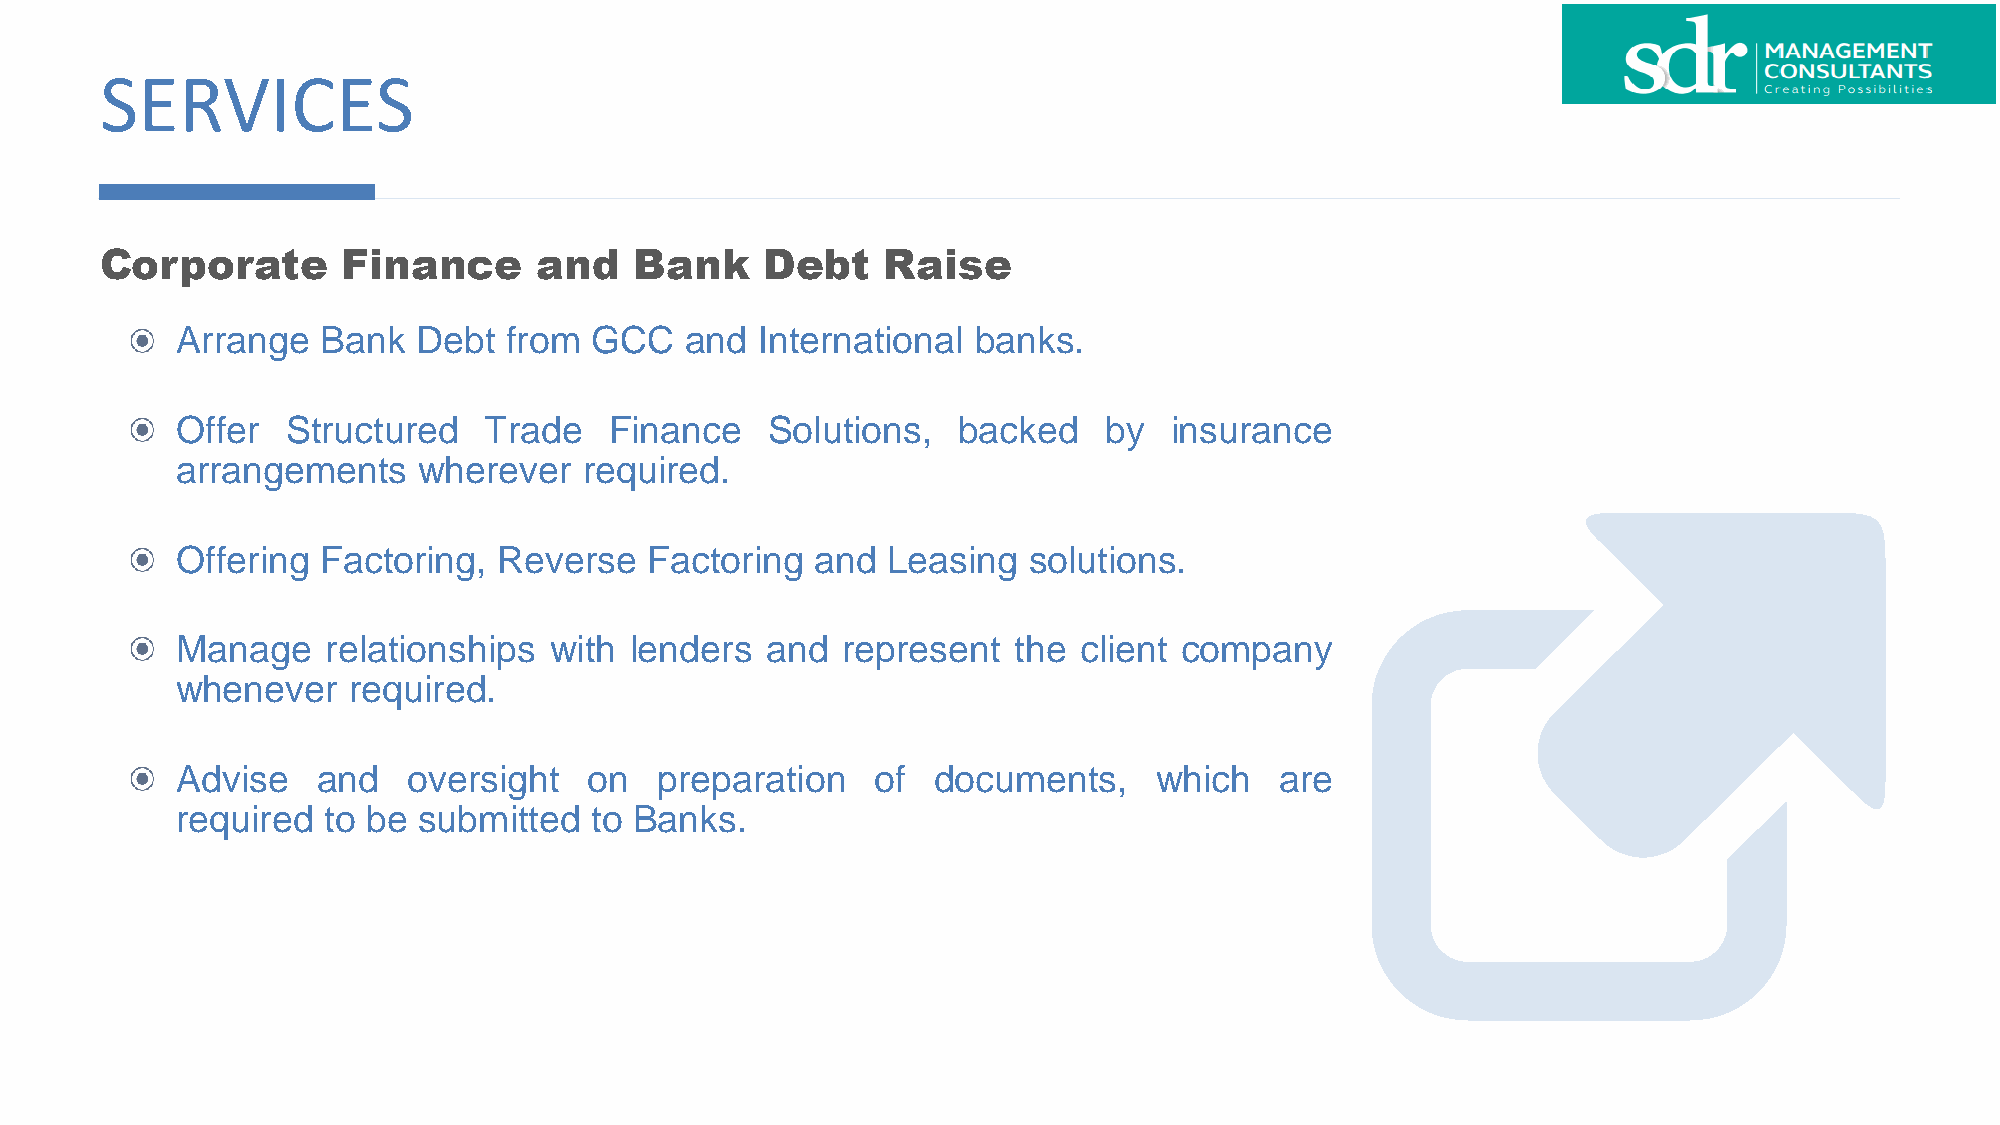
SERVICES
 Corporate       Finance      and   Bank     Debt    Raise
 Arrange  Bank   Debt from  GCC   and  International  banks.
 Offer  Structured   Trade   Finance    Solutions,  backed    by  insurance
 arrangements    wherever   required.
 Offering Factoring,  Reverse   Factoring  and  Leasing  solutions.
 Manage    relationships with  lenders  and  represent  the client company
 whenever   required.
 Advise   and   oversight   on  preparation    of  documents,    which    are
 required to be  submitted  to Banks.